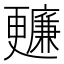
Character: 𣍙